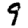
Digit: 9